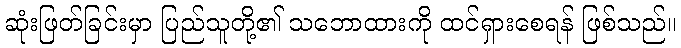
ဆုံးဖြတ်ခြင်းမှာ ပြည်သူတို့၏ သဘောထားကို ထင်ရှားစေရန် ဖြစ်သည်။